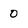
Character: 0